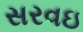
સરવઇ